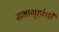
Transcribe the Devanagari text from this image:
सभागृहांची